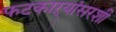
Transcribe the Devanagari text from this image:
फटकाऱ्यांसरशी